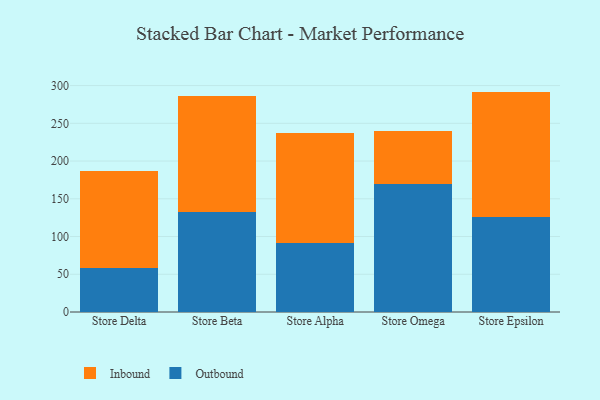
{"axis": {"x": "Store", "y": "Population (Million)"}, "legend": ["Inbound", "Outbound"], "data": [{"x": "Store Delta", "y": 57.9, "type": "Outbound"}, {"x": "Store Delta", "y": 128.5, "type": "Inbound"}, {"x": "Store Beta", "y": 132.3, "type": "Outbound"}, {"x": "Store Beta", "y": 154.2, "type": "Inbound"}, {"x": "Store Alpha", "y": 91.8, "type": "Outbound"}, {"x": "Store Alpha", "y": 145.3, "type": "Inbound"}, {"x": "Store Omega", "y": 169.1, "type": "Outbound"}, {"x": "Store Omega", "y": 70.6, "type": "Inbound"}, {"x": "Store Epsilon", "y": 126.2, "type": "Outbound"}, {"x": "Store Epsilon", "y": 165.8, "type": "Inbound"}]}